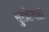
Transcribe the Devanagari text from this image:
सुरक्षेचाही